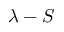
\lambda - S